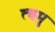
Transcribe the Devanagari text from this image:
त्वमु